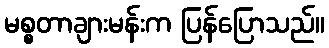
မစ္စတာချားမန်းက ပြန်ပြောသည်။